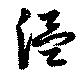
温